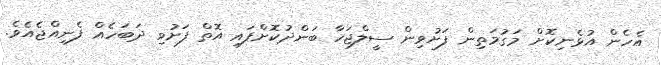
އެހެން އުޅެނިކޮށް މަގުމަތިން ފަށުވިން ސީލްޖަހާ ބަންދުކޮށްފައި އޮތް ފަށުވި ދަބަހެއް ފެނިއްޖެއެވެ.